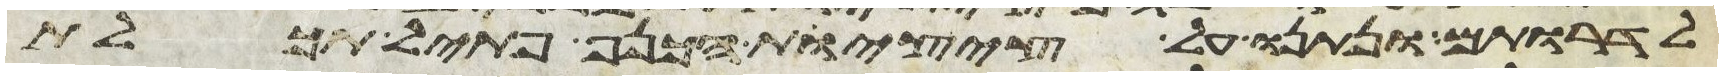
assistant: לדרתם ונתנו על ציצית הכנף פתיל תכלת